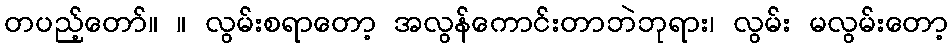
တပည့်တော်။ ။ လွမ်းစရာတော့ အလွန်ကောင်းတာဘဲဘုရား၊ လွမ်း မလွမ်းတော့